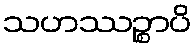
သဟဿဉ္စာပိ